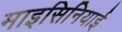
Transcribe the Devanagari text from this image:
माइसिनियाई